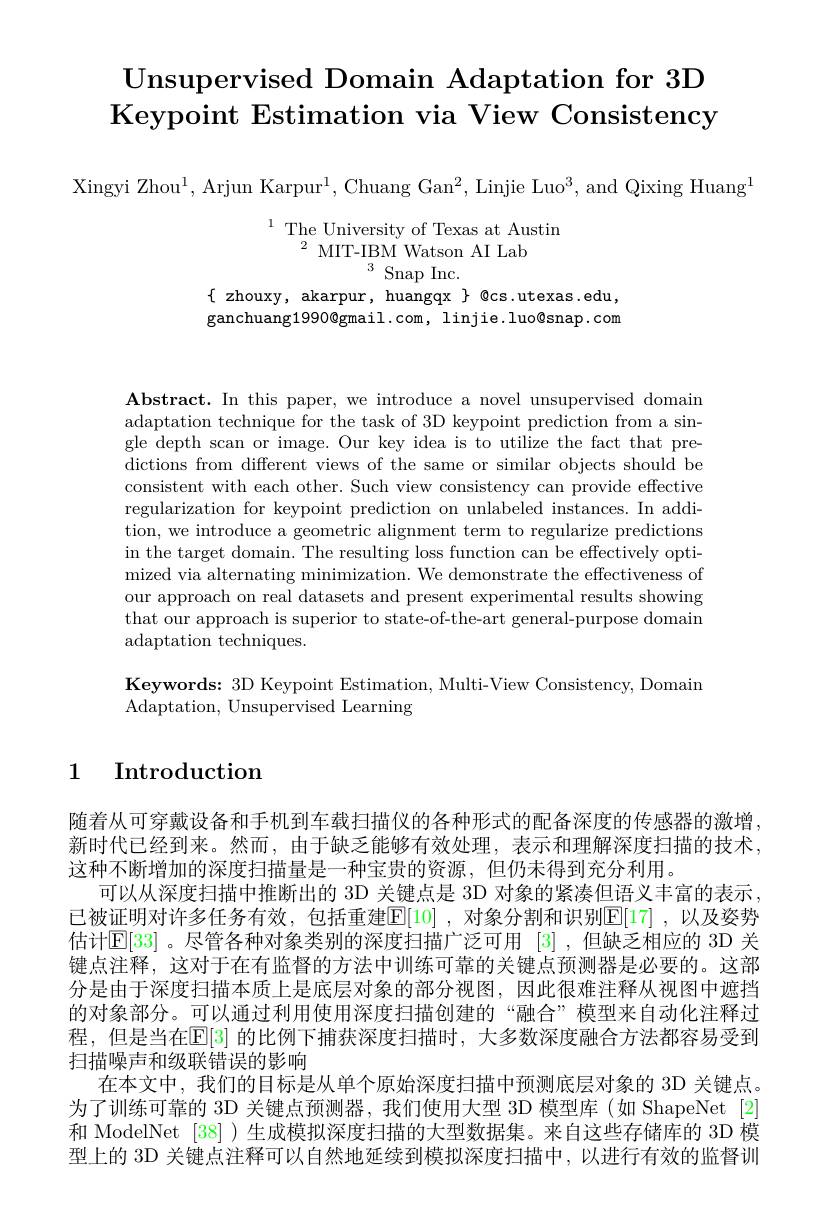
# Unsupervised Domain Adaptation for 3D Keypoint Estimation via View Consistency

Xingyi Zhou$^1$, Arjun Karpur$^1$, Chuang Gan$^2$, Linjie Luo$^3$, and Qixing Huang

$\begin{array}{cc}1&\text{The University of Texas at Austin}\\&2&\text{MIT-IBM Watson AI Lab}\\&3&\text{Snap Inc.}\end{array}$

$\{$ zhouxy, akarpur, huangqx $\}$ @cs.utexas.edu, ganchuang1990@ gmail. com, linjie. luo@ snap. com

$\textbf{Abstract. In this paper, we introduce a novel unsupervised domain}$ adaptation technique for the task of 3D keypoint prediction from a single depth scan or image. Our key idea is to utilize the fact that predictions from different views of the same or similar objects should be consistent with each other. Such view consistency can provide effective regularization for keypoint prediction on unlabeled instances. In addition, we introduce a geometric alignment term to regularize predictions in the target domain. The resulting loss function can be effectively optimized via alternating minimization. We demonstrate the effectiveness of our approach on real datasets and present experimental results showing that our approach is superior to state-of-the-art general-purpose domain adaptation techniques.

Keywords: 3D Keypoint Estimation, Multi-View Consistency, Domain
${\mathrm{Adaptation,~Unsupervised~Learning}}$

## 1 Introduction

随着从可穿戴设备和手机到车载扫描仪的各种形式的配备深度的传感器的激增， 新时代已经到来。然而，由于缺乏能够有效处理，表示和理解深度扫描的技术， 这种不断增加的深度扫描量是一种宝贵的资源，但仍未得到充分利用。
可以从深度扫描中推断出的 3D 关键点是 3D 对象的紧凑但语义丰富的表示， 已被证明对许多任务有效，包括重建$\mathbb{E}[10]$ ,对象分割和识别E[17] ,以及姿势估计$\mathbb{E}[33]$。尽管各种对象类别的深度扫描广泛可用 [3] ,但缺乏相应的 3D 关键点注释，这对于在有监督的方法中训练可靠的关键点预测器是必要的。这部分是由于深度扫描本质上是底层对象的部分视图，因此很难注释从视图中遮挡的对象部分。可以通过利用使用深度扫描创建的“融合”模型来自动化注释过程，但是当在$\mathbb{E}[3]$ 的比例下捕获深度扫描时，大多数深度融合方法都容易受到扫描噪声和级联错误的影响
在本文中，我们的目标是从单个原始深度扫描中预测底层对象的 3D 关键点。为了训练可靠的 3D 关键点预测器，我们使用大型 3D 模型库(如 ShapeNet [2] 和 ModelNet [38] )生成模拟深度扫描的大型数据集。来自这些存储库的 3D 模型上的 3D 关键点注释可以自然地延续到模拟深度扫描中，以进行有效的监督训